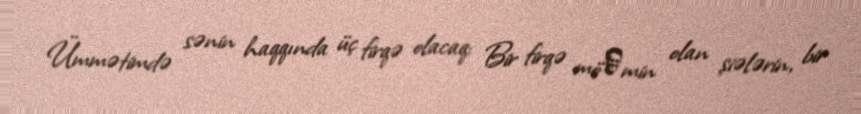
Ümmətimdə sənin haqqında üç firqə olacaq: Bir firqə mö᾽min olan şiələrin, bir